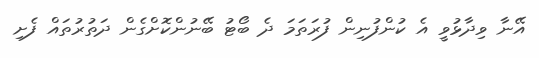
އޭނާ ވިދާޅުވީ އެ ކުންފުނިން ފުރަތަމަ ދެ ބޯޓު ބޭނުންކޮށްގެން ދަތުރުތައް ފެށި